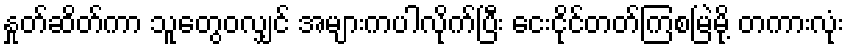
နှုတ်ဆိတ်ကာ သူတွေဝလျှင် အများကပါလိုက်ပြီး ငေးငိုင်တတ်ကြစမြဲမို့ တကားလုံး